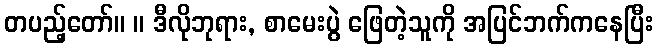
တပည့်တော်။ ။ ဒီလိုဘုရား, စာမေးပွဲ ဖြေတဲ့သူကို အပြင်ဘက်ကနေပြီး